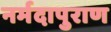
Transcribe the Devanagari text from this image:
नर्मदापुराण